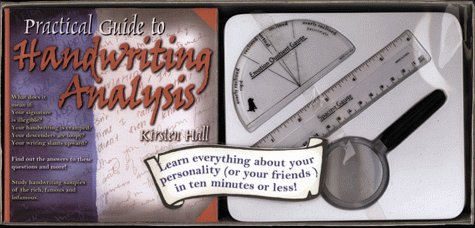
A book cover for Practical Guide to Handwriting Analysis: Book and Kit; Kirsten Hall; Self-Help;